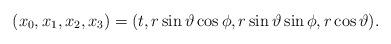
LaTeX: \begin{align*} (x_0,x_1,x_2,x_3) = (t, r \sin \vartheta \cos \phi, r \sin\vartheta \sin\phi, r \cos \vartheta).\end{align*}